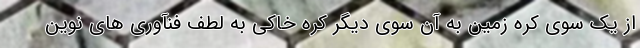
از یک سوی کره زمین به آن سوی دیگر کره خاکی به لطف فنآ‌وری های نوین